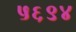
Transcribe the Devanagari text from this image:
५६९४